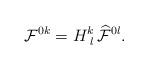
LaTeX: \begin{align*}{\cal F}^{0k} = H^{k}_{\, \, l} \,{\cal \widehat{F}}^{0l}.\end{align*}